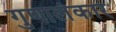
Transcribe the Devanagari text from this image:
गुणालंकार